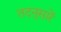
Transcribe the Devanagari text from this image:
तदनुसारें